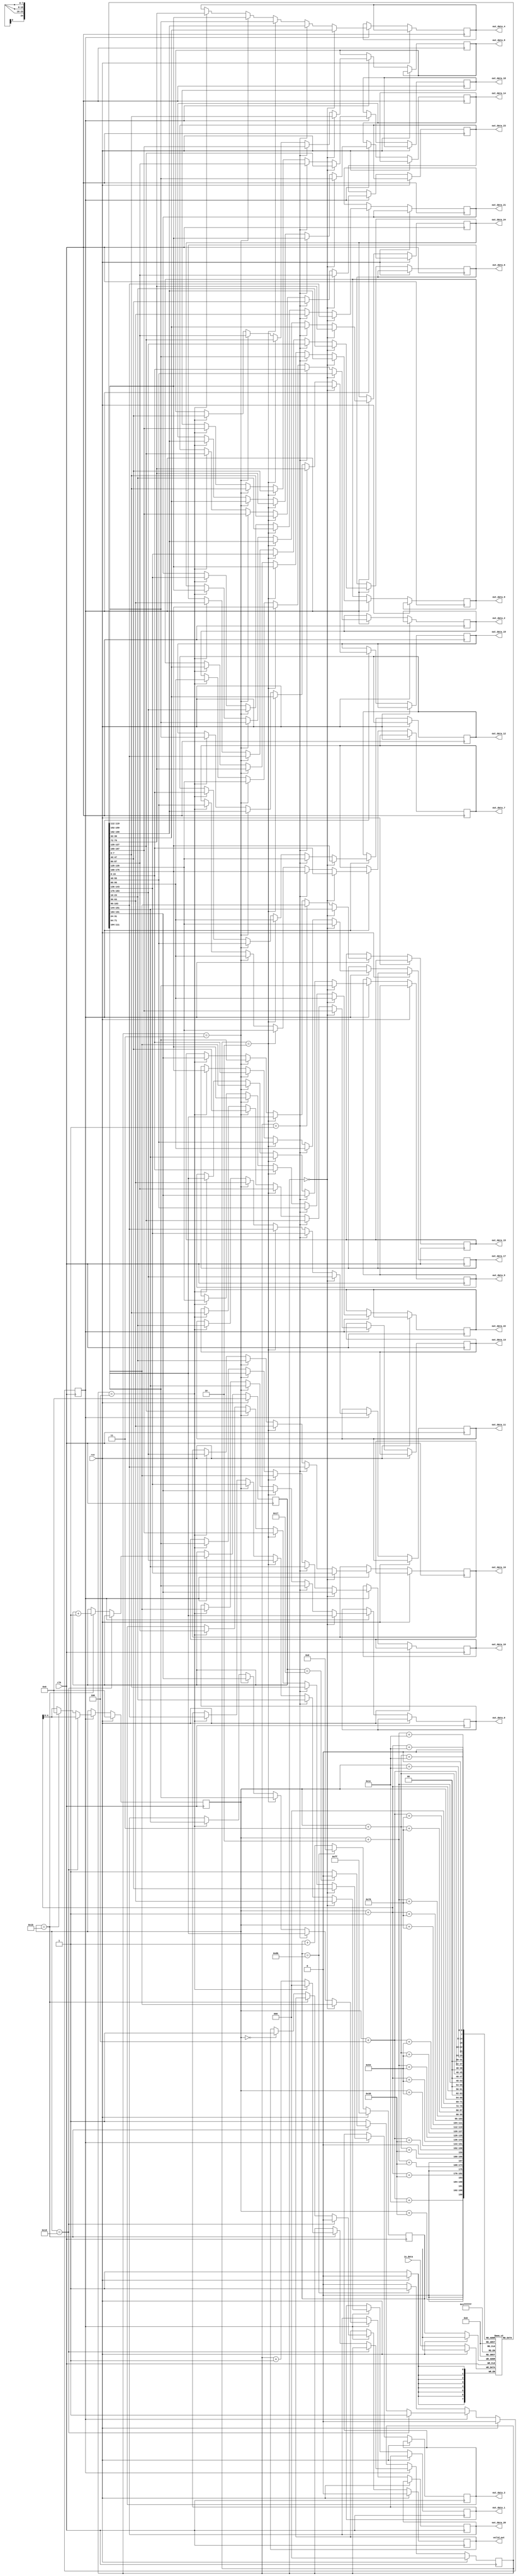
module conv_buf_5ks #( parameter WIDTH = 28, HEIGHT = 28, DATA_BIT = 8 )
(
	clk, rst,
	in_data,
	
	out_data_0, out_data_1, out_data_2, out_data_3, out_data_4,
	out_data_5, out_data_6, out_data_7, out_data_8, out_data_9,
	out_data_10, out_data_11, out_data_12, out_data_13, out_data_14,
	out_data_15, out_data_16, out_data_17, out_data_18, out_data_19,
	out_data_20, out_data_21, out_data_22, out_data_23, out_data_24,
	
	valid_out
);

localparam KERNEL_SIZE = 5;

input clk, rst;
input [DATA_BIT - 1 : 0]in_data;

output reg [DATA_BIT - 1:0] out_data_0, out_data_1, out_data_2, out_data_3, out_data_4,
							out_data_5, out_data_6, out_data_7, out_data_8, out_data_9,
							out_data_10, out_data_11, out_data_12, out_data_13, out_data_14,
							out_data_15, out_data_16, out_data_17, out_data_18, out_data_19,
							out_data_20, out_data_21, out_data_22, out_data_23, out_data_24;
				
output reg valid_out;

reg [DATA_BIT - 1:0] buffer [0 : WIDTH * KERNEL_SIZE - 1];

reg [DATA_BIT - 1:0] buf_count; // Index of Buffer (28 * 5)
reg [4:0] w_count; // Index of width (28)
reg [4:0] h_count; // Index of height (28)
reg [2:0] buf_flag; // Flag of data processing 0 ~ 4
reg state; // 0 : initialize, 1: Output Selection

always @(posedge clk) begin
	if(rst) begin
		buf_count <= -1;
		w_count <= 0;
		h_count <= 0;
		buf_flag <= 0;
		state <= 0;
		valid_out <= 0;
	end
	else begin
	
		buf_count <= buf_count + 1;
		if(buf_count == WIDTH * KERNEL_SIZE - 1) begin
			buf_count <= 0;
		end
		buffer[buf_count] <= in_data;
		
		// Initialization
		if(!state) begin
			if(buf_count == WIDTH * KERNEL_SIZE - 1) begin
				state <= 1;
			end
		end
		
		// Output Selection
		else begin // state == 0
			w_count <= w_count + 1;
			
			// Useless Value
			if(w_count == WIDTH - 4) begin
				valid_out <= 0;
			end

			else if(w_count == WIDTH - 1) begin
				buf_flag <= buf_flag + 1;
				if(buf_flag == KERNEL_SIZE - 1) begin
					buf_flag <= 0;
				end
				
				w_count <= 0;
				if(h_count == HEIGHT - 5) begin
					h_count <= 0;
					state <= 0;
				end
				h_count <= h_count + 1;
				
			end
			
			else if(w_count == 0) begin
				valid_out <= 1;
			end
			
			// Buffer Output Selection
			if(buf_flag == 3'd0) begin 
				out_data_0 <= buffer[w_count];
				out_data_1 <= buffer[w_count + 1]; 
				out_data_2 <= buffer[w_count + 2]; 
				out_data_3 <= buffer[w_count + 3]; 
				out_data_4 <= buffer[w_count + 4];
				
				out_data_5 <= buffer[w_count + WIDTH]; 
				out_data_6 <= buffer[w_count + 1 + WIDTH]; 
				out_data_7 <= buffer[w_count + 2 + WIDTH]; 
				out_data_8 <= buffer[w_count + 3 + WIDTH]; 
				out_data_9 <= buffer[w_count + 4 + WIDTH];
				
				out_data_10 <= buffer[w_count + (WIDTH * 2)]; 
				out_data_11 <= buffer[w_count + 1 + (WIDTH * 2)]; 
				out_data_12 <= buffer[w_count + 2 + (WIDTH * 2)]; 
				out_data_13 <= buffer[w_count + 3 + (WIDTH * 2)]; 
				out_data_14 <= buffer[w_count + 4 + (WIDTH * 2)];
				
				out_data_15 <= buffer[w_count + (WIDTH * 3)]; 
				out_data_16 <= buffer[w_count + 1 + (WIDTH * 3)]; 
				out_data_17 <= buffer[w_count + 2 + (WIDTH * 3)]; 
				out_data_18 <= buffer[w_count + 3 + (WIDTH * 3)]; 
				out_data_19 <= buffer[w_count + 4 + (WIDTH * 3)];
				
				out_data_20 <= buffer[w_count + (WIDTH * 4)]; 
				out_data_21 <= buffer[w_count + 1 + (WIDTH * 4)]; 
				out_data_22 <= buffer[w_count + 2 + (WIDTH * 4)]; 
				out_data_23 <= buffer[w_count + 3 + (WIDTH * 4)]; 
				out_data_24 <= buffer[w_count + 4 + (WIDTH * 4)];
			end
			else if(buf_flag == 3'd1) begin 
				out_data_20 <= buffer[w_count]; 
				out_data_21 <= buffer[w_count + 1]; 
				out_data_22 <= buffer[w_count + 2]; 
				out_data_23 <= buffer[w_count + 3]; 
				out_data_24 <= buffer[w_count + 4];
				
				out_data_0 <= buffer[w_count + WIDTH]; 
				out_data_1 <= buffer[w_count + 1 + WIDTH]; 
				out_data_2 <= buffer[w_count + 2 + WIDTH]; 
				out_data_3 <= buffer[w_count + 3 + WIDTH]; 
				out_data_4 <= buffer[w_count + 4 + WIDTH];
				
				out_data_5 <= buffer[w_count + (WIDTH * 2)]; 
				out_data_6 <= buffer[w_count + 1 + (WIDTH * 2)]; 
				out_data_7 <= buffer[w_count + 2 + (WIDTH * 2)]; 
				out_data_8 <= buffer[w_count + 3 + (WIDTH * 2)]; 
				out_data_9 <= buffer[w_count + 4 + (WIDTH * 2)];
				
				out_data_10 <= buffer[w_count + (WIDTH * 3)]; 
				out_data_11 <= buffer[w_count + 1 + (WIDTH * 3)]; 
				out_data_12 <= buffer[w_count + 2 + (WIDTH * 3)]; 
				out_data_13 <= buffer[w_count + 3 + (WIDTH * 3)]; 
				out_data_14 <= buffer[w_count + 4 + (WIDTH * 3)];
				
				out_data_15 <= buffer[w_count + (WIDTH * 4)]; 
				out_data_16 <= buffer[w_count + 1 + (WIDTH * 4)]; 
				out_data_17 <= buffer[w_count + 2 + (WIDTH * 4)]; 
				out_data_18 <= buffer[w_count + 3 + (WIDTH * 4)]; 
				out_data_19 <= buffer[w_count + 4 + (WIDTH * 4)];
			end	
			else if(buf_flag == 3'd2) begin
				out_data_15 <= buffer[w_count]; 
				out_data_16 <= buffer[w_count + 1]; 
				out_data_17 <= buffer[w_count + 2]; 
				out_data_18 <= buffer[w_count + 3]; 
				out_data_19 <= buffer[w_count + 4];
				
				out_data_20 <= buffer[w_count + WIDTH]; 
				out_data_21 <= buffer[w_count + 1 + WIDTH]; 
				out_data_22 <= buffer[w_count + 2 + WIDTH]; 
				out_data_23 <= buffer[w_count + 3 + WIDTH]; 
				out_data_24 <= buffer[w_count + 4 + WIDTH];
				
				out_data_0 <= buffer[w_count + (WIDTH * 2)]; 
				out_data_1 <= buffer[w_count + 1 + (WIDTH * 2)]; 
				out_data_2 <= buffer[w_count + 2 + (WIDTH * 2)]; 
				out_data_3 <= buffer[w_count + 3 + (WIDTH * 2)]; 
				out_data_4 <= buffer[w_count + 4 + (WIDTH * 2)];
				
				out_data_5 <= buffer[w_count + (WIDTH * 3)]; 
				out_data_6 <= buffer[w_count + 1 + (WIDTH * 3)]; 
				out_data_7 <= buffer[w_count + 2 + (WIDTH * 3)]; 
				out_data_8 <= buffer[w_count + 3 + (WIDTH * 3)]; 
				out_data_9 <= buffer[w_count + 4 + (WIDTH * 3)];
				
				out_data_10 <= buffer[w_count + (WIDTH * 4)]; 
				out_data_11 <= buffer[w_count + 1 + (WIDTH * 4)]; 
				out_data_12 <= buffer[w_count + 2 + (WIDTH * 4)]; 
				out_data_13 <= buffer[w_count + 3 + (WIDTH * 4)]; 
				out_data_14 <= buffer[w_count + 4 + (WIDTH * 4)];
			end
			else if(buf_flag == 3'd3) begin
				out_data_10 <= buffer[w_count]; 
				out_data_11 <= buffer[w_count + 1]; 
				out_data_12 <= buffer[w_count + 2]; 
				out_data_13 <= buffer[w_count + 3]; 
				out_data_14 <= buffer[w_count + 4];
				
				out_data_15 <= buffer[w_count + WIDTH]; 
				out_data_16 <= buffer[w_count + 1 + WIDTH]; 
				out_data_17 <= buffer[w_count + 2 + WIDTH]; 
				out_data_18 <= buffer[w_count + 3 + WIDTH]; 
				out_data_19 <= buffer[w_count + 4 + WIDTH];
				
				out_data_20 <= buffer[w_count + (WIDTH * 2)]; 
				out_data_21 <= buffer[w_count + 1 + (WIDTH * 2)]; 
				out_data_22 <= buffer[w_count + 2 + (WIDTH * 2)]; 
				out_data_23 <= buffer[w_count + 3 + (WIDTH * 2)]; 
				out_data_24 <= buffer[w_count + 4 + (WIDTH * 2)];
				
				out_data_0 <= buffer[w_count + (WIDTH * 3)]; 
				out_data_1 <= buffer[w_count + 1 + (WIDTH * 3)]; 
				out_data_2 <= buffer[w_count + 2 + (WIDTH * 3)]; 
				out_data_3 <= buffer[w_count + 3 + (WIDTH * 3)]; 
				out_data_4 <= buffer[w_count + 4 + (WIDTH * 3)];
				
				out_data_5 <= buffer[w_count + (WIDTH * 4)]; 
				out_data_6 <= buffer[w_count + 1 + (WIDTH * 4)]; 
				out_data_7 <= buffer[w_count + 2 + (WIDTH * 4)]; 
				out_data_8 <= buffer[w_count + 3 + (WIDTH * 4)]; 
				out_data_9 <= buffer[w_count + 4 + (WIDTH * 4)];
			end
			else if(buf_flag == 3'd4) begin
				out_data_5 <= buffer[w_count]; 
				out_data_6 <= buffer[w_count + 1]; 
				out_data_7 <= buffer[w_count + 2]; 
				out_data_8 <= buffer[w_count + 3]; 
				out_data_9 <= buffer[w_count + 4];
				
				out_data_10 <= buffer[w_count + WIDTH]; 
				out_data_11 <= buffer[w_count + 1 + WIDTH]; 
				out_data_12 <= buffer[w_count + 2 + WIDTH]; 
				out_data_13 <= buffer[w_count + 3 + WIDTH]; 
				out_data_14 <= buffer[w_count + 4 + WIDTH];
				
				out_data_15 <= buffer[w_count + (WIDTH * 2)]; 
				out_data_16 <= buffer[w_count + 1 + (WIDTH * 2)]; 
				out_data_17 <= buffer[w_count + 2 + (WIDTH * 2)]; 
				out_data_18 <= buffer[w_count + 3 + (WIDTH * 2)]; 
				out_data_19 <= buffer[w_count + 4 + (WIDTH * 2)];
				
				out_data_20 <= buffer[w_count + (WIDTH * 3)]; 
				out_data_21 <= buffer[w_count + 1 + (WIDTH * 3)]; 
				out_data_22 <= buffer[w_count + 2 + (WIDTH * 3)]; 
				out_data_23 <= buffer[w_count + 3 + (WIDTH * 3)]; 
				out_data_24 <= buffer[w_count + 4 + (WIDTH * 3)];
				
				out_data_0 <= buffer[w_count + (WIDTH * 4)]; 
				out_data_1 <= buffer[w_count + 1 + (WIDTH * 4)]; 
				out_data_2 <= buffer[w_count + 2 + (WIDTH * 4)]; 
				out_data_3 <= buffer[w_count + 3 + (WIDTH * 4)]; 
				out_data_4 <= buffer[w_count + 4 + (WIDTH * 4)];
			end
			
		end
	end
end
endmodule